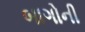
બાગોની